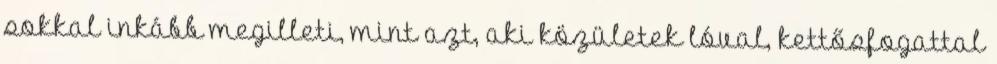
sokkal inkább megilleti, mint azt, aki közületek lóval, kettősfogattal